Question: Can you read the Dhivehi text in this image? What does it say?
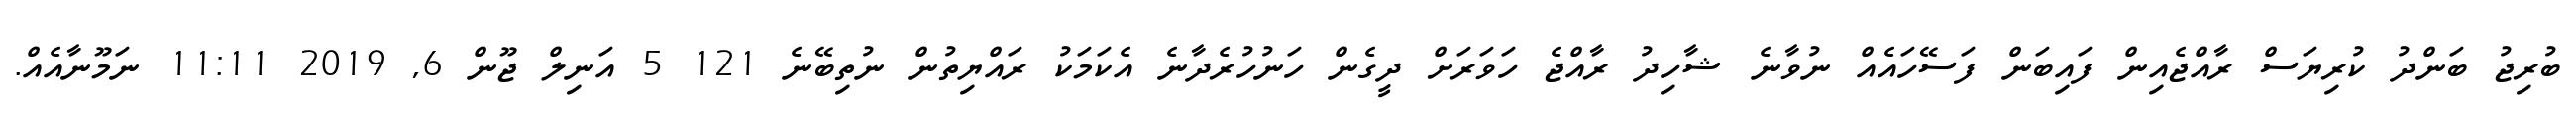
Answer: ބުރިޖު ބަންދު ކުރިޔަސް ރާއްޖެއިން ފައިބަން ފަސޭހައެއް ނުވާނެ ޝާހިދު ރާއްޖެ ހަވަރަށް ދީގެން ހަނުހުރެދާނެ އެކަމަކު ރައްޔިތުން ނުތިބޭނެ 121 5 އަނިލް ޖޫން 6, 2019 11:11 ނަމޫނާއެއް.